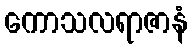
ကောသလရာဇာနံ